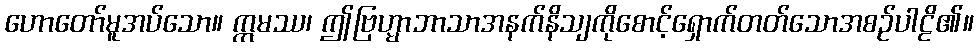
ဟောတော်မူအပ်သော။ ဣမဿ၊ ဤဗြဟ္မာဘာသာအနက်နိသျကိုစောင့်ရှောက်တတ်သောအစဉ်ပါဠိ၏။